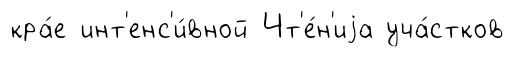
кра́е инт'енс'и́вной Чт'е́н'иjа уча́стков